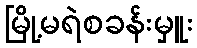
မြို့မရဲစခန်းမှူး